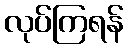
လုပ်ကြရန်